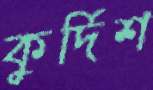
কুর্দিশ